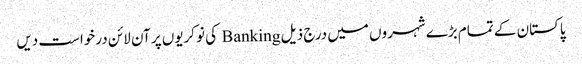
پاکستان کے تمام بڑے شہروں میں درج ذیل Banking کی نوکریوں پر آن لائن درخواست دیں